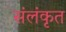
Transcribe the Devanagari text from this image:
संलंकृत